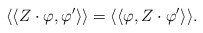
\begin{align*}\langle\langle Z\cdot\varphi,\varphi'\rangle\rangle=\langle\langle\varphi,Z\cdot \varphi'\rangle\rangle.\end{align*}